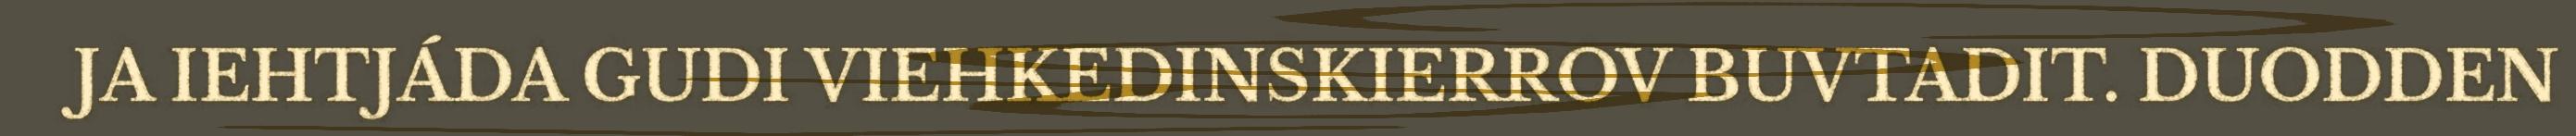
JA IEHTJÁDA GUDI VIEHKEDINSKIERROV BUVTADIT. DUODDEN